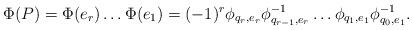
LaTeX: \begin{align*}\Phi(P)=\Phi(e_r)\dots\Phi(e_1)=(-1)^r \phi_{q_r,e_r}\phi_{q_{r-1},e_r}^{-1}\dots\phi_{q_1,e_1}\phi_{q_0,e_1}^{-1}.\end{align*}